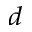
_ d